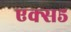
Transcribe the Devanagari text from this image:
एक्स५